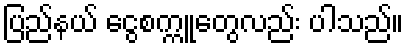
ပြည်နယ် ငွေစက္ကူတွေလည်း ပါသည်။